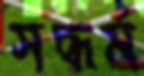
সদ্ধর্ম